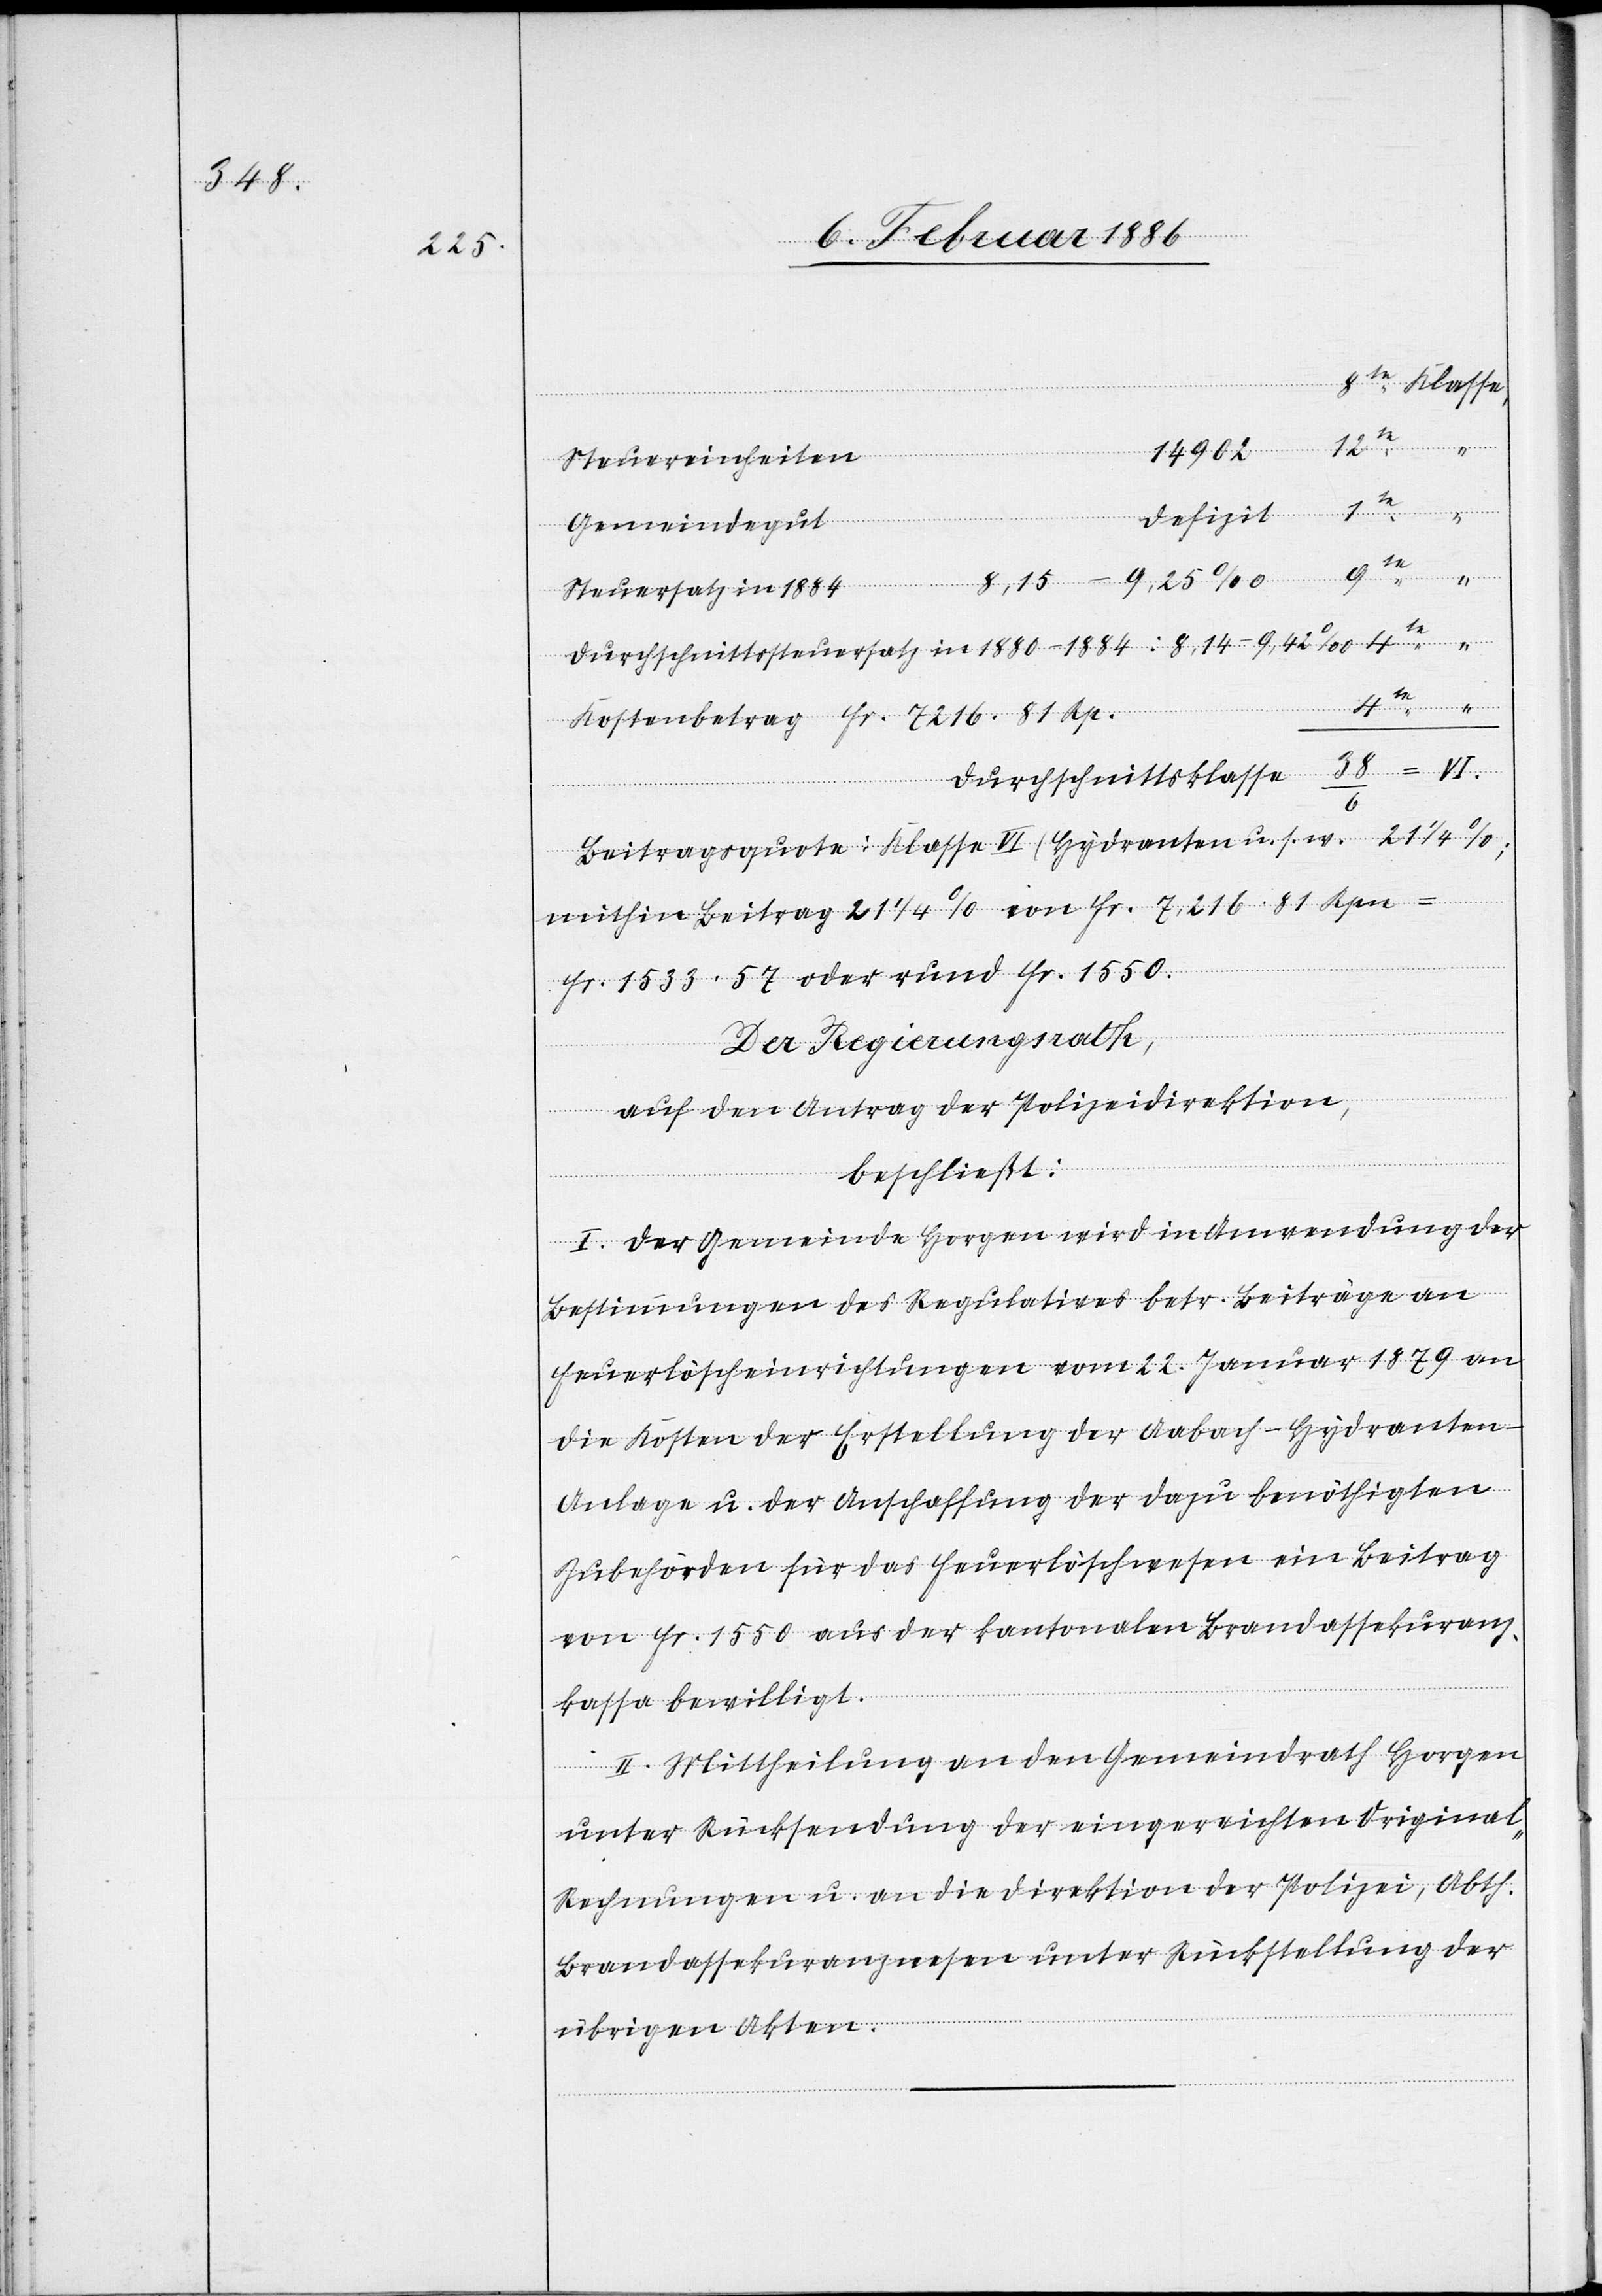
Kostenbetrag
14902
Steuereinheiten
81 Rp.
4te
Defizit
Gemeindegut
9te
Steuersatz in 1884
Durchschnittsklasse
Beitragsquote: Klasse VI (Hydranten u. s. w.) 21 1/4%;
mithin Beitrag 21 1/4% von Fr. 7,216 81 Rpn
Fr. 1533. 57 oder rund Fr. 1550.
in
Der Regierungsrath,
auf den Antrag der Polizeidirektion,
beschließt:
I. Der Gemeinde Horgen wird in Anwendung der
Bestimmungen des Regulatives betr. Beiträge an
Feuerlöscheinrichtungen vom 2. Januar 1879 an
die Kosten der Erstellung der Aabach-Hydranten-A¬
nlage u. der Anschaffung der dazu benöthigten
Zubehörden für das Feuerlöschwesen ein Beitrag
von Fr. 1500 aus der kantonalen Brandassekuranz¬
kassa bewilligt.
II. Mittheilung an den Gemeindrath Horgen
unter Rücksendung der eingereichten Original-R¬
echnungen u. an die Direktion der Polizei, Abth.
Brandassekuranzwesen unter Rückstellung der
übrigen Akten.